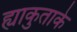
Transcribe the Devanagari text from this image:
ह्याकुताके